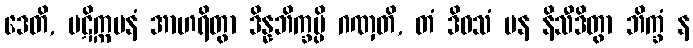
ဒေတိ, ပဋိက္ကမနံ အာဟရိတွာ ဒိန္နဘိက္ခမ္ပိ ဂဏှတိ, တံ ဒိဝသံ ပန နိသီဒိတွာ ဘိက္ခံ န